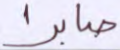
صابرا